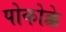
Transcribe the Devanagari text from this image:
पोकोक्के